Report on the working of the Ranchi Indian Mental Hospital, Kanke, in Bihar and Orissa - 1930-1940
Year: 1930
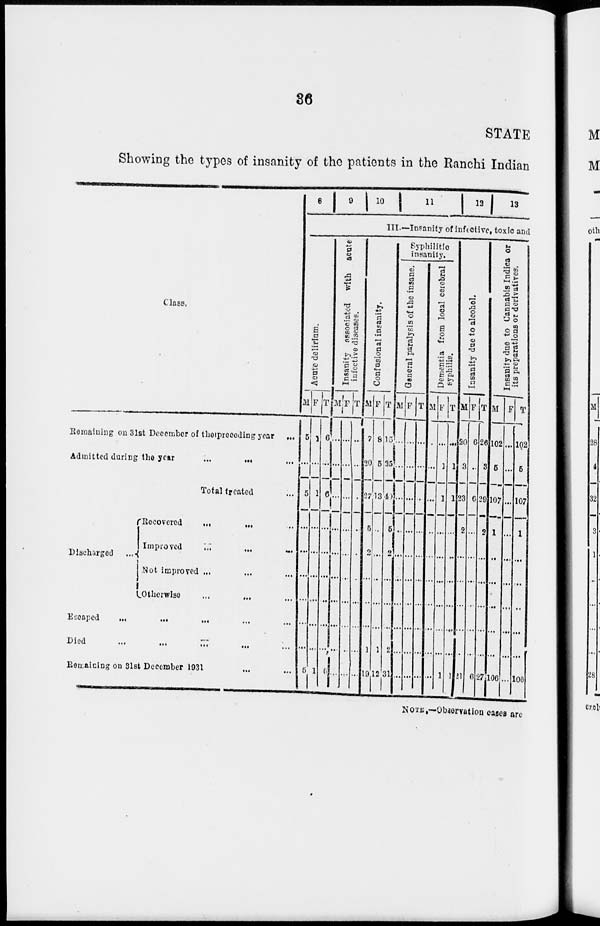
36
STATE
Showing the types of insanity of the patients in the Ranchi Indian
Class.
Remaining on 31st December of tho preceding year ...
Admitted during the year
...
... ...
Total treated ...
Discharged
...
Recovered
...
...
...
Improved ... ... ...
Not improved ... ... ...
Otherwise
...
... ...
Escaped
...
...
... ...
Died
...
...
...
...
...
Remaining on 31st December 1931 ... ...
8 9 10 11 12 13
III— Insanity of infective, toxic and
Acute delirium.
M
5
...
5
...
...
...
...
...
...
5
F
1
...
1
...
...
...
...
...
...
1
T
6
...
6
...
...
...
...
...
...
6
Insanity associated with acute
infective diseases.
M
...
...
...
...
...
...
...
...
...
...
F
...
...
...
...
...
...
...
...
...
...
T
...
...
...
...
...
...
...
...
...
...
Confusional insanity.
M
7
20
27
5
2
...
...
...
1
19
F
8
5
13
...
...
...
...
...
1
12
T
15
25
40
5
2
...
...
...
2
31
Syphilitic
insanity.
General paralysis of the insane.
M
...
...
...
...
...
...
...
...
...
...
F
...
...
...
...
...
...
...
...
...
...
T
...
...
...
...
...
...
...
...
...
...
Dementia from local cerebral
syphilis.
M
...
...
...
...
...
...
...
...
...
...
F
...
1
1
...
...
...
...
...
...
1
T
...
1
1
...
...
...
...
...
...
1
Insanity due to alcohol.
M
20
3
23
2
...
...
...
...
...
21
F
6
...
6
...
...
...
...
...
...
6
T
26
3
29
2
...
...
...
...
...
27
Insanity due to Cannabis Indica or
its preparations or derivatives.
M
102
5
107
1
...
...
...
...
...
106
F
...
...
...
...
...
...
...
...
...
...
T
102
5
107
1
...
...
...
...
...
106
NOTE.—Observation cases are